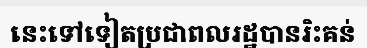
នេះទៅទៀតប្រជាពលរដ្ឋបានរិះគន់